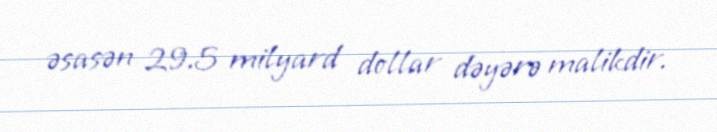
əsasən 29.5 milyard dollar dəyərə malikdir.